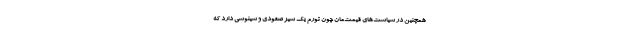
همچنین در سیاست‌های قیمت‌مان چون تورم یک سیر صعودی و سینوسی دارد که